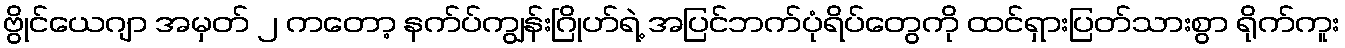
ဗွိုင်ယေဂျာ အမှတ် ၂ ကတော့ နက်ပ်ကျွန်းဂြိုဟ်ရဲ့ အပြင်ဘက်ပုံရိပ်တွေကို ထင်ရှားပြတ်သားစွာ ရိုက်ကူး